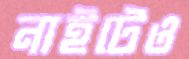
নাইটেও